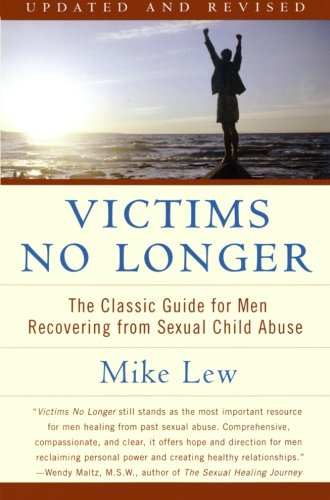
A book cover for Victims No Longer: The Classic Guide for Men Recovering from Sexual Child Abuse; Mike Lew; Parenting & Relationships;